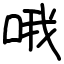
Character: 哦